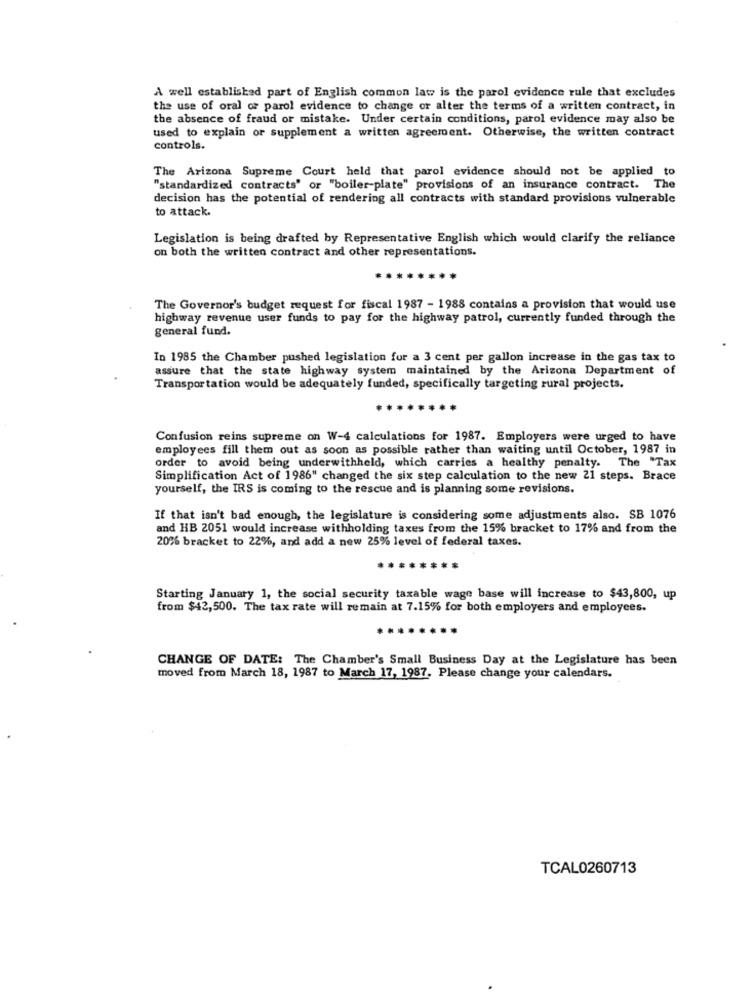
A well established part of English common law is the parol evidence rule that excludes
the use of oral or parol evidence to change or alter the terms of a written contract, in
the absence of fraud or mistake. Under certain conditions, parol evidence may also be
used to explain or supplement a written agreement. Otherwise, the written contract
controls.
The Arizona Supreme Court held that parol evidence should not be applied to
"standardized contracts' or "boiler-plate" provisions of an insurance contract. The
decision has the potential of rendering all contracts with standard provisions vulnerable
to attack.
Legislation is being drafted by Representative English which would clarify the reliance
on both the written contract and other representations.
The Governor's budget request for fiscal 1987 - 1988 contains a provision that would use
highway revenue user funds to pay for the highway patrol, currently funded through the
general fund.
In 1985 the Chamber pushed legislation fur a 3 cent per gallon increase in the gas tax to
assure that the state highway system maintained by the Arizona Department of
Transportation would be adequately funded, specifically targeting rural projects.
Confusion reins supreme on W-4 calculations for 1987. Employers were urged to have
employees fill them out as soon as possible rather than waiting until October, 1987 in
order to avoid being underwithheld, which carries a healthy penalty. The "Tax
Simplification Act of 1986" changed the six step calculation to the new 21 steps. Brace
yourself, the IRS is coming to the rescue and is planning some revisions.
If that isn't bad enough, the legislature is considering some adjustments also. SB 1076
and HB 2051 would increase withholding taxes from the 15% bracket to 17% and from the
20% bracket to 22%, and add a new 25% level of federal taxes.
Starting January 1, the social security taxable wage base will increase to $43,800, up
from $42,500. The tax rate will remain at 7.15% for both employers and employees.
.....
CHANGE OF DATE: The Chamber's Small Business Day at the Legislature has been
moved from March 18, 1987 to March 17, 1987. Please change your calendars.
TCAL0260713